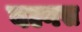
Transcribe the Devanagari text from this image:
वल्गस